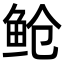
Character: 䲝